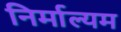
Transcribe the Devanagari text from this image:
निर्माल्यम